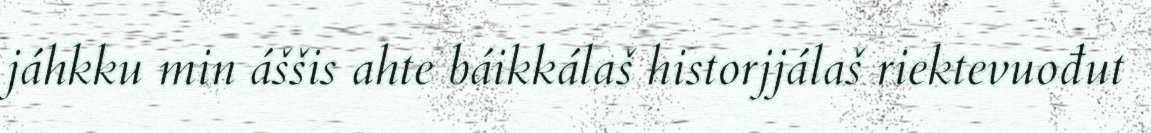
jáhkku min áššis ahte báikkálaš historjjálaš riektevuođut